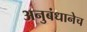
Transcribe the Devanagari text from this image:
अनुबंधानेच